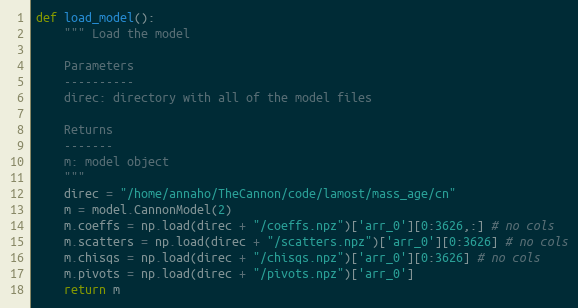
Language: Python
def load_model():
    """ Load the model

    Parameters
    ----------
    direc: directory with all of the model files

    Returns
    -------
    m: model object
    """
    direc = "/home/annaho/TheCannon/code/lamost/mass_age/cn"
    m = model.CannonModel(2)
    m.coeffs = np.load(direc + "/coeffs.npz")['arr_0'][0:3626,:] # no cols
    m.scatters = np.load(direc + "/scatters.npz")['arr_0'][0:3626] # no cols
    m.chisqs = np.load(direc + "/chisqs.npz")['arr_0'][0:3626] # no cols
    m.pivots = np.load(direc + "/pivots.npz")['arr_0']
    return m